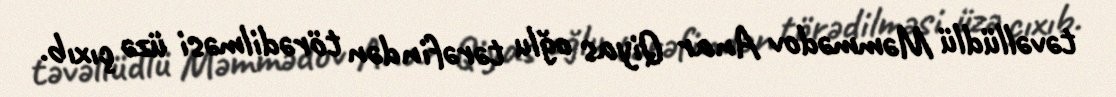
təvəllüdlü Məmmədov Anar Qiyas oğlu tərəfindən törədilməsi üzə çıxıb.